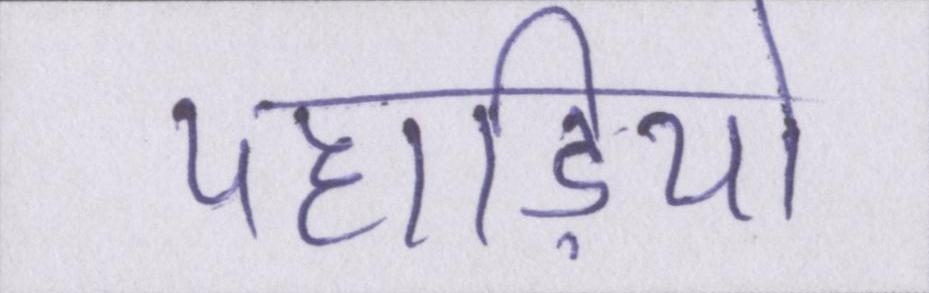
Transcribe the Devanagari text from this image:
पहाड़ियो